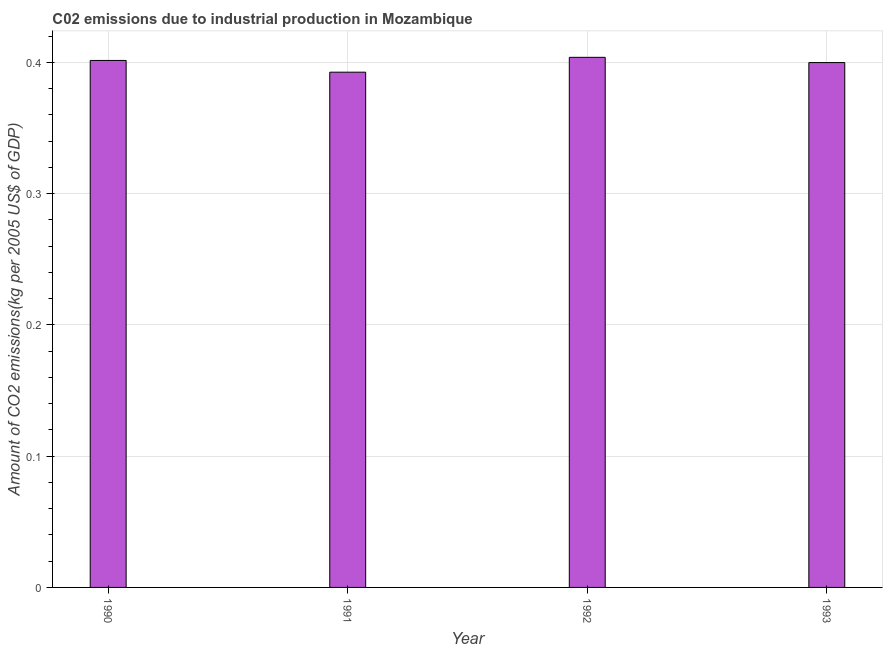
| Year | CO2 emissions  |
 | --- | --- |
 | 1990 | 0.401 |
 | 1991 | 0.393 |
 | 1992 | 0.404 |
 | 1993 | 0.4 |